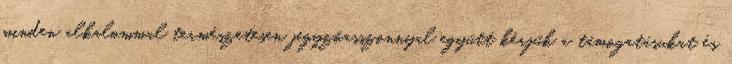
minden alkalommal természetesen jegyzőasszonnyal együtt kérjük a támogatásukat és